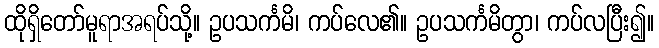
ထိုရှိတော်မူရာအရပ်သို့။ ဥပသင်္ကမိ၊ ကပ်လေ၏။ ဥပသင်္ကမိတွာ၊ ကပ်လပြီး၍။